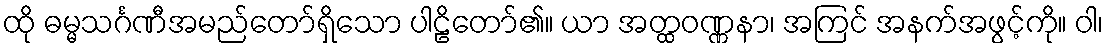
ထို ဓမ္မသင်္ဂဏီအမည်တော်ရှိသော ပါဠိတော်၏။ ယာ အတ္ထဝဏ္ဏနာ၊ အကြင် အနက်အဖွင့်ကို။ ဝါ၊